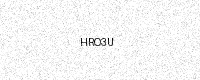
Text: HRO3U